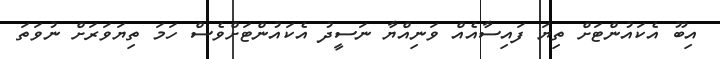
އިބޫ އެކައުންޓަށް ތިޔަ ފައިސާއެއް ވަނިއްޔާ ނަސީދު އެކައުންޓަށްވެސް ހަމަ ތިޔަވަރަށް ނުވަތަ